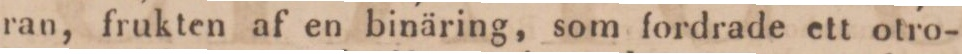
ran, frukten af en binäring, som fordrade ett otro-